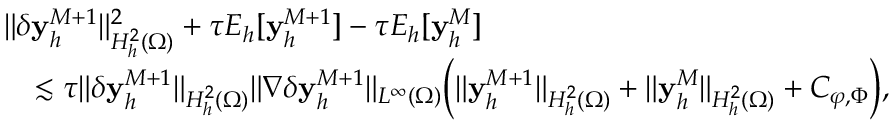
\begin{array} { r l } & { \| \delta \mathbf { y } _ { h } ^ { M + 1 } \| _ { H _ { h } ^ { 2 } ( \Omega ) } ^ { 2 } + \tau E _ { h } [ \mathbf { y } _ { h } ^ { M + 1 } ] - \tau E _ { h } [ \mathbf { y } _ { h } ^ { M } ] } \\ & { \quad \lesssim \tau \| \delta \mathbf { y } _ { h } ^ { M + 1 } \| _ { H _ { h } ^ { 2 } ( \Omega ) } \| \nabla \delta \mathbf { y } _ { h } ^ { M + 1 } \| _ { L ^ { \infty } ( \Omega ) } \Big ( \| \mathbf { y } _ { h } ^ { M + 1 } \| _ { H _ { h } ^ { 2 } ( \Omega ) } + \| \mathbf { y } _ { h } ^ { M } \| _ { H _ { h } ^ { 2 } ( \Omega ) } + C _ { \boldsymbol { \varphi } , \Phi } \Big ) , } \end{array}